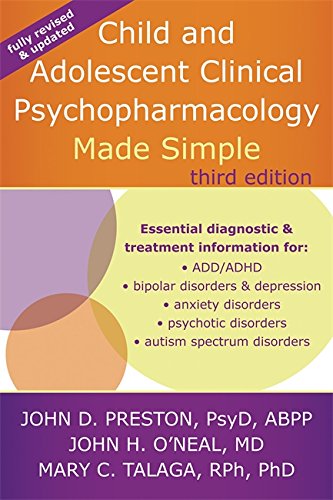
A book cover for Child and Adolescent Clinical Psychopharmacology Made Simple; John D. Preston PsyD  ABPP; Health, Fitness & Dieting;